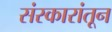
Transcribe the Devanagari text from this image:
संस्कारांतून